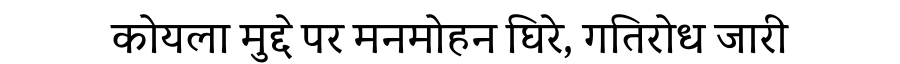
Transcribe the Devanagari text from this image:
कोयला मुद्दे पर मनमोहन घिरे, गतिरोध जारी